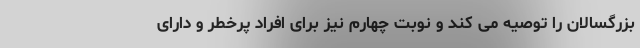
بزرگسالان را توصیه می کند و نوبت چهارم نیز برای افراد پرخطر و دارای